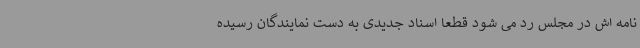
نامه اش در مجلس رد می شود قطعا اسناد جدیدی به دست نمایندگان رسیده